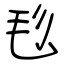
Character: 毝